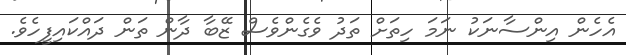
އެހެން އިންސާނަކު ނަމަ ހިތަށް ތަދު ވެގެންވެސް ޒޭބާ ދާން ތަން ދައްކައިފީހެވެ.